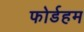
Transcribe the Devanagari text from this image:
फोर्डहम